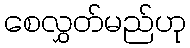
စေလွှတ်မည်ဟု